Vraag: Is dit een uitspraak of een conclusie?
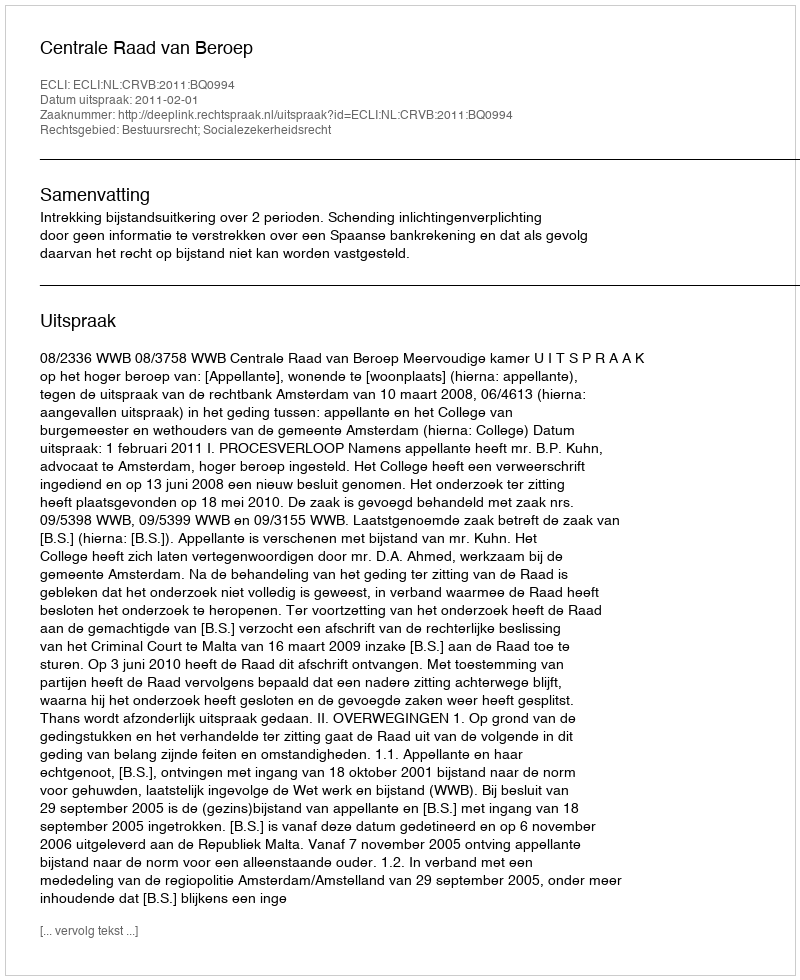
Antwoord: Uitspraak